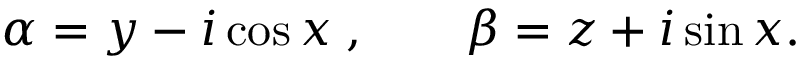
\alpha = y - i \cos x \; , \qquad \beta = z + i \sin x .